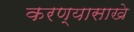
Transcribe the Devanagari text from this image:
करण्यासाखे